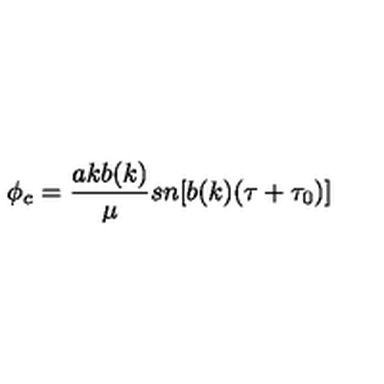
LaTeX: \phi _ { c } = \frac { a k b ( k ) } { \mu } s n [ b ( k ) ( \tau + \tau _ { 0 } ) ]